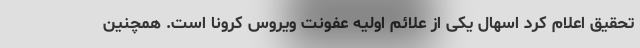
تحقیق اعلام کرد اسهال یکی از علائم اولیه عفونت ویروس کرونا است. همچنین